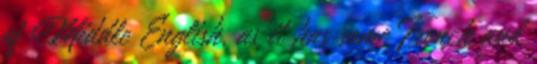
of Middle English, as it has some French and